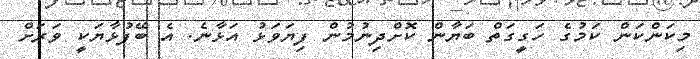
މިކަންކަން ކަމުގެ ހަގީގަތް ބަޔާން ކޮށްދިނުމުން ފިޔަވަޅު އަޅާނެ. އެ ބޭފުޅާޔަކީ ވަރަށް